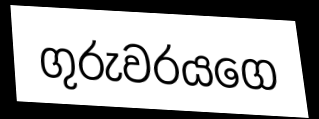
ගුරුවරයගෙ